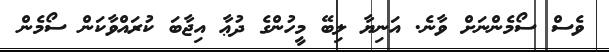
ވެސް ސޯމެންނަށް ވާނެ. އަނިޔާ ލިބޭ މީހުންގެ ދުޢާ އިޖާބަ ކުރައްވާކަން ސޯމެން